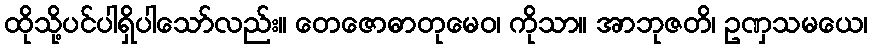
ထိုသို့ပင်ပါရှိပါသော်လည်း။ တေဇောဓာတုမေဝ၊ ကိုသာ။ အာဘုဇတိ၊ ဥဏှသမယေ၊